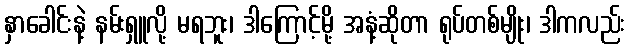
နှာခေါင်းနဲ့ နမ်းရှူလို့ မရဘူး၊ ဒါကြောင့်မို့ အနံ့ဆိုတာ ရုပ်တစ်မျိုး၊ ဒါကလည်း